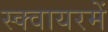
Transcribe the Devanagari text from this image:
स्क्वायरमें